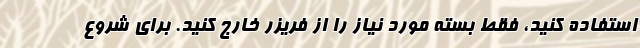
استفاده کنید، فقط بسته مورد نیاز را از فریزر خارج کنید. برای شروع